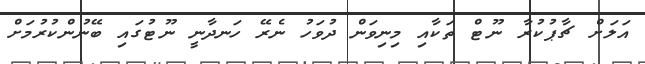
އަލަށް ޗާޕުކުރާ ނޫޓް ތަކާއި މިނިވަން ދުވަހު ނެރޭ ހަނދާނީ ނޫޓުގައި ބޭނުންކުރުމަށް